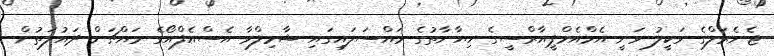
ޖެނެރަލްގެ ވަކީލު ވަނީ އެމްއެމްޕީއާރްސީގެ ހިޔާނާތުގެ މައްސަލައިގައި ޝާމިލްވާ އެސްއެފްއޯގެ މައްޗަށް ދައުލަތުން